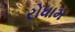
રોધામ